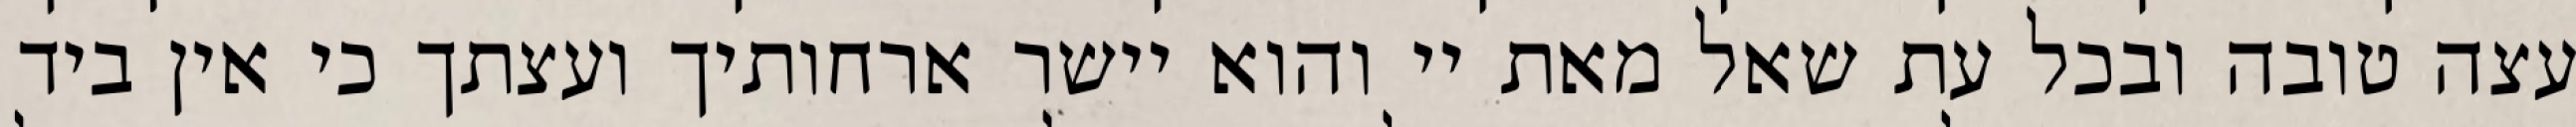
עצה טובה ובכל עת שאל מאת יי והוא יישר ארחותיך ועצתך כי אין ביד